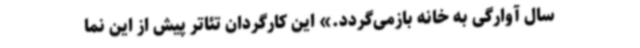
سال آوارگی به خانه بازمی‌گردد.» این کارگردان تئاتر پیش از این نما